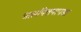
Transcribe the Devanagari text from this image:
घासपित्तपापडा